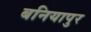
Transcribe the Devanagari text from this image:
बनियापुर